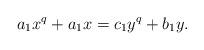
LaTeX: \begin{align*}a_1 x^q + a_1 x = c_1 y^q + b_1 y.\end{align*}